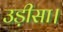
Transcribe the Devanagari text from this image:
उड़ीसा।